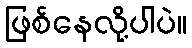
ဖြစ်နေလို့ပါပဲ။